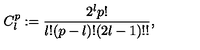
C _ { l } ^ { p } : = { \frac { 2 ^ { l } p ! } { l ! ( p - l ) ! ( 2 l - 1 ) ! ! } } ,